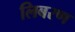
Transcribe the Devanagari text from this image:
लिबरण